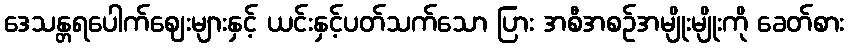
ဒေသန္တရပေါက်ဈေးများနှင့် ယင်းနှင့်ပတ်သက်သော ပြား အစီအစဉ်အမျိုးမျိုးကို ခေတ်စား